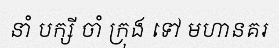
នាំ បក្សី ចាំ ក្រុង ទៅ មហានគរ